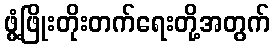
ဖွံ့ဖြိုးတိုးတက်ရေးတို့အတွက်